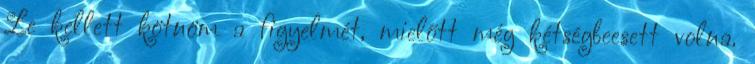
Le kellett kötnöm a figyelmét, mielőtt még kétségbeesett volna.